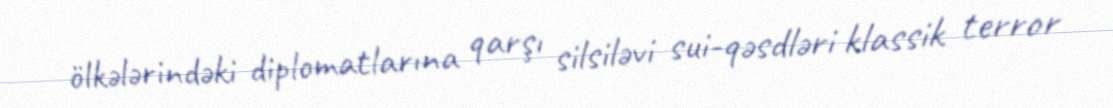
ölkələrindəki diplomatlarına qarşı silsiləvi sui-qəsdləri klassik terror